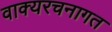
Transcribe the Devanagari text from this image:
वाक्यरचनागत